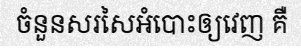
ចំនួនសរសៃអំបោះឲ្យវេញ គឺ